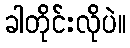
ခါတိုင်းလိုပဲ။